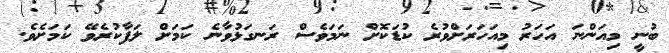
ބުނީ މިއަންނަ އަހަރު މިއަހަރަށްވުރެ ކުޑަކޮށް ނަމަވެސް ރަނގަޅުވާނެ ކަމަށް ލަފާކުރެވޭ ކަމަށެވެ.